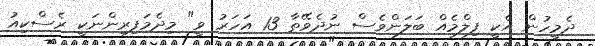
ދެމީހުން އެކީ ފިލްމެއް ބަލަންވެސް ނުދެވޭތާ 13 އަހަރު ވީ" މިދެމަފިރިންނަކީ ރެސްކިއު